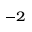
^ { - 2 }